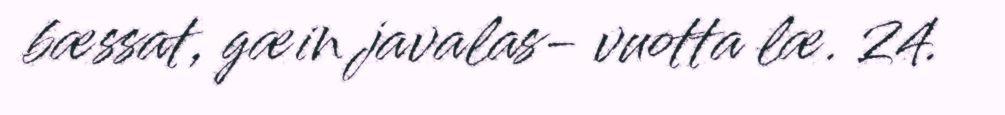
bæssat, gæin javalas- vuotta læ. 24.